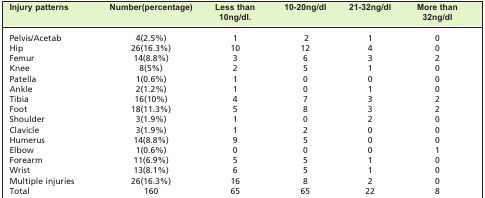
<table><thead><tr><td><b>Injury patterns</b></td><td><b>Number(percentage)</b></td><td><b>Less than 10ng/dl.</b></td><td><b>10-20ng/dl</b></td><td><b>21-32ng/dl</b></td><td><b>More than 32ng/dl</b></td></tr></thead><tbody><tr><td>Pelvis/Acetab</td><td>4(2.5%)</td><td>1</td><td>2</td><td>1</td><td>0</td></tr><tr><td>Hip</td><td>26(16.3%)</td><td>10</td><td>12</td><td>4</td><td>0</td></tr><tr><td>Femur</td><td>14(8.8%)</td><td>3</td><td>6</td><td>3</td><td>2</td></tr><tr><td>Knee</td><td>8(5%)</td><td>2</td><td>5</td><td>1</td><td>0</td></tr><tr><td>Patella</td><td>1(0.6%)</td><td>1</td><td>0</td><td>0</td><td>0</td></tr><tr><td>Ankle</td><td>2(1.2%)</td><td>1</td><td>0</td><td>1</td><td>0</td></tr><tr><td>Tibia</td><td>16(10%)</td><td>4</td><td>7</td><td>3</td><td>2</td></tr><tr><td>Foot</td><td>18(11.3%)</td><td>5</td><td>8</td><td>3</td><td>2</td></tr><tr><td>Shoulder</td><td>3(1.9%)</td><td>1</td><td>0</td><td>2</td><td>0</td></tr><tr><td>Clavicle</td><td>3(1.9%)</td><td>1</td><td>2</td><td>0</td><td>0</td></tr><tr><td>Humerus</td><td>14(8.8%)</td><td>9</td><td>5</td><td>0</td><td>0</td></tr><tr><td>Elbow</td><td>1(0.6%)</td><td>0</td><td>0</td><td>0</td><td>1</td></tr><tr><td>Forearm</td><td>11(6.9%)</td><td>5</td><td>5</td><td>1</td><td>0</td></tr><tr><td>Wrist</td><td>13(8.1%)</td><td>6</td><td>5</td><td>1</td><td>0</td></tr><tr><td>Multiple injuries</td><td>26(16.3%)</td><td>16</td><td>8</td><td>2</td><td>0</td></tr><tr><td>Total</td><td>160</td><td>65</td><td>65</td><td>22</td><td>8</td></tr></tbody></table>